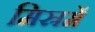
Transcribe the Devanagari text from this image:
मिस्रमें